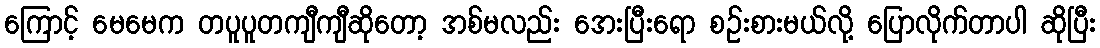
ကြောင့် မေမေက တပူပူတကျီကျီဆိုတော့ အစ်မလည်း အေးပြီးရော စဉ်းစားမယ်လို့ ပြောလိုက်တာပါ ဆိုပြီး